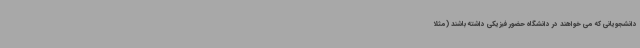
دانشجویانی که می خواهند در دانشگاه حضور فیزیکی داشته باشند (مثلا